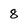
Character: 8